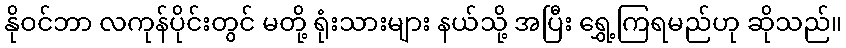
နိုဝင်ဘာ လကုန်ပိုင်းတွင် မတို့ ရုံးသားများ နယ်သို့ အပြီး ရွှေ့ကြရမည်ဟု ဆိုသည်။